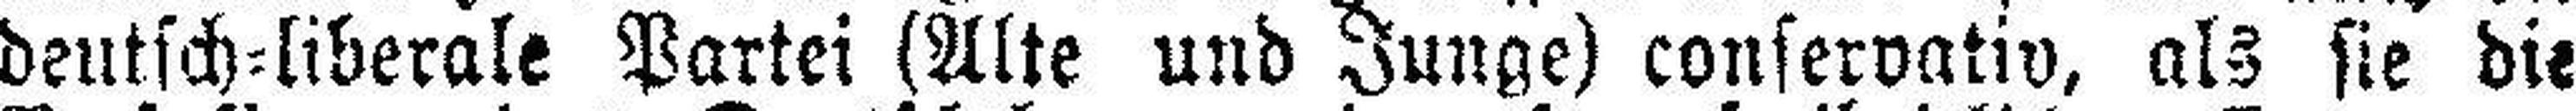
deutsch=liberale Partei (Alte und Junge) conservativ, als sie die